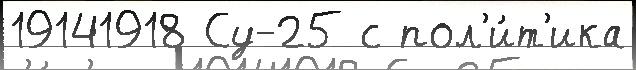
19141918 Су-25 с пол'и́т'ика